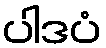
ပါဒပံ